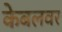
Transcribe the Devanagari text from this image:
केबलवर